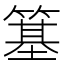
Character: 簊